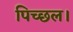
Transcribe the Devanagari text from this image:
पिच्छल।